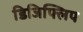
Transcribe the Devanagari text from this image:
डिजिफ्लिप